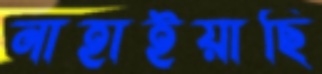
নাহাইয়াছি